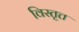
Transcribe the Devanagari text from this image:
विस्तृत्त